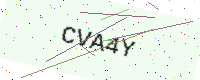
Text: CVA4Y